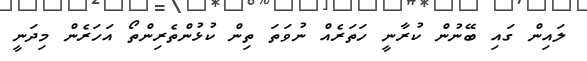
ލައިން ގައި ބޭނުން ކުރާނީ ހަަތަރެއް ނުވަތަ ތިން ކުޅުންތެރިންތޯ އަހަރެން މިދަނީ